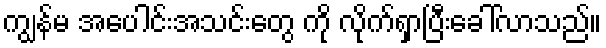
ကျွန်မ အပေါင်းအသင်းတွေ ကို လိုက်ရှာပြီးခေါ်လာသည်။